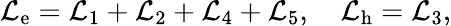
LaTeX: \mathcal{L}_{\mathrm{e}}=\mathcal{L}_{1}+\mathcal{L}_{2}+\mathcal{L}_{4}+\mathcal{L}_{5},\quad\mathcal{L}_{\mathrm{h}}=\mathcal{L}_{3},